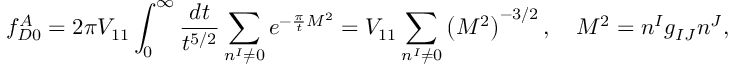
f _ { D 0 } ^ { A } = 2 \pi V _ { 1 1 } \int _ { 0 } ^ { \infty } \frac { d t } { t ^ { 5 / 2 } } \sum _ { n ^ { I } \ne 0 } e ^ { - \frac { \pi } { t } { \cal M } ^ { 2 } } = V _ { 1 1 } \sum _ { n ^ { I } \ne 0 } \left( { \cal M } ^ { 2 } \right) ^ { - 3 / 2 } , \quad { \cal M } ^ { 2 } = n ^ { I } g _ { I J } n ^ { J } ,